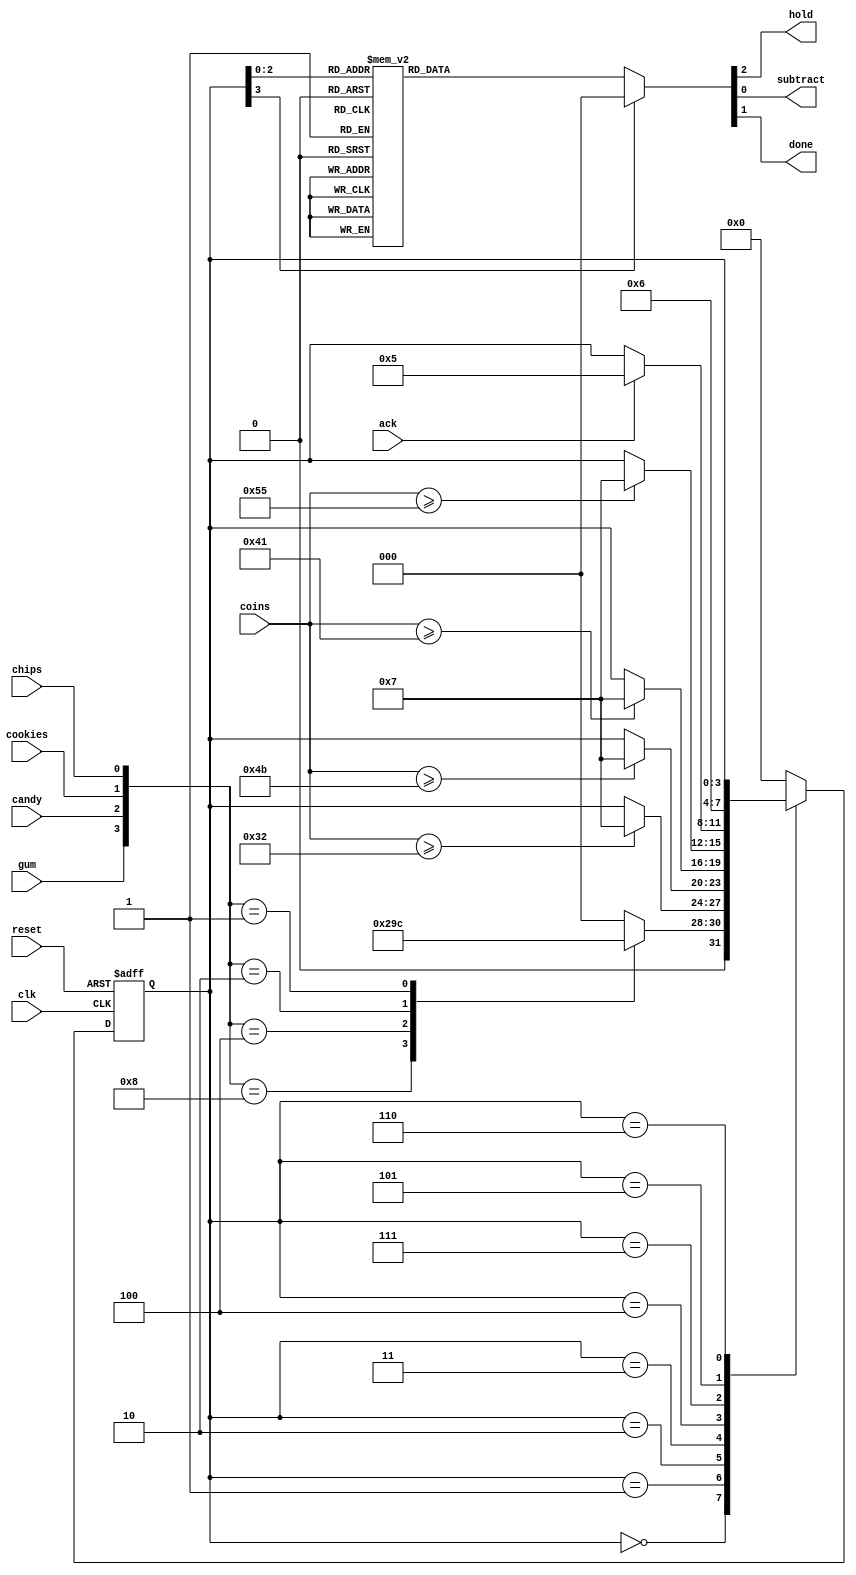
// Oregon Institute of Technology 
// Design Name: dispence
// Module Name: dispence
// Project Name: CST 351  Lab 3
// Target Devices: EPM2210F324C3N
// Description: sends signals to subtract money from the coin reg
module dispence(
input				reset,
input				clk,
input				gum,
input				candy,
input				cookies,
input				chips,
input				ack,
output	reg			hold,
input		[7:0]	coins,
output	reg			subtract,
output	reg			done);
reg			[3:0]	state;
parameter			IDLE = 0,
					GUM = 1,
					CANDY = 2,
					COOKIES = 3,
					CHIPS = 4,
					SUB	= 5,
					DONE = 6,
					WAIT = 7;
initial begin
	subtract = 0;
	done = 0;
end
always @ (posedge clk or posedge reset)
begin
	if(reset)
		state = IDLE;
	else
		case(state)
		IDLE:
		begin
			case({gum,candy,cookies,chips})
			4'b1000:state = GUM;
			4'b0100:state = CANDY;
			4'b0010:state = COOKIES;
			4'b0001:state = CHIPS;
			default: state = IDLE;
			endcase
		end
		GUM:
		begin
		if(coins >= 50)
			state = WAIT;
		else
			state = state;
		end
		CANDY:
		begin
		if(coins >= 75)
			state = WAIT;
		else
			state = state;
		end
		COOKIES:
		begin
		if(coins >= 65)
			state = WAIT;
		else
			state = state;
		end
		CHIPS:
		begin
		if(coins >= 85)
			state = WAIT;
		else
			state = state;
		end
		WAIT:
		begin
		if(ack)
			state = SUB;
		else
			state = state;
		end
		SUB:
		begin
			state = DONE;
		end
		DONE:
		begin
		state = state;
		end
		default:
		begin
		state = IDLE;
		end
		endcase
end 
always @(*)
begin
	case(state)
		IDLE:
		begin
		subtract = 0;
		done = 0;
		hold = 0;
		end
		GUM:
		begin
		subtract = 0;
		done = 0;
		hold = 0;
		end
		CANDY:
		begin
		subtract = 0;
		done = 0;
		hold = 0;
		end
		COOKIES:
		begin
		subtract = 0;
		done = 0;
		hold = 0;
		end
		CHIPS:
		begin
		subtract = 0;
		done = 0;
		hold = 0;
		end
		WAIT:
		begin
		subtract = 0;
		done = 0;
		hold = 1;
		end
		SUB:
		begin
		subtract = 1;
		done = 0;
		hold = 0;
		end
		DONE:
		begin
		subtract = 0;
		done = 1;
		hold = 0;
		end
		default:
		begin
		subtract = 0;
		hold = 0;
		done = 0;
		end
		endcase
	
end
endmodule